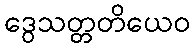
ဒွေသတ္တတိယေဝ